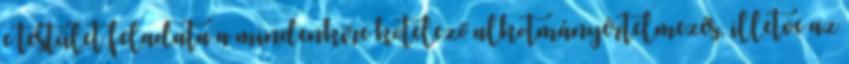
e testület feladata a mindenkire kötelező alkotmányértelmezés, illetve az